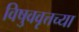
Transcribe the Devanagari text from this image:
विषुववृत्तच्या